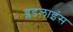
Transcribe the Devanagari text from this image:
ब्लडलाइंस